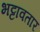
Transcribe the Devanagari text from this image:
भट्टावतार